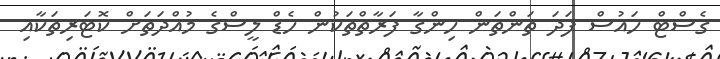
ގެސްޓް ހައުސް ފަދަ ތަންތަން ހިންގާ ފަރާތްތަކުން ހެޑް ލީސްގެ މުއްދަތަށް ކޮޓަރިތަކާއި